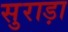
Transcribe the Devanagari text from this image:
सुराड़ा